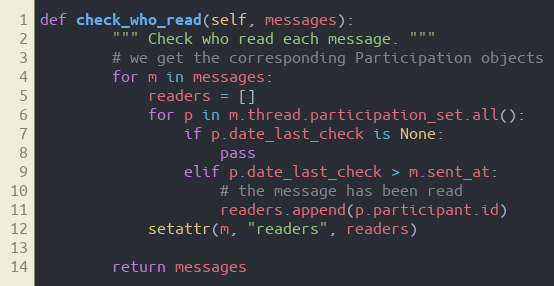
Language: Python
def check_who_read(self, messages):
        """ Check who read each message. """
        # we get the corresponding Participation objects
        for m in messages:
            readers = []
            for p in m.thread.participation_set.all():
                if p.date_last_check is None:
                    pass
                elif p.date_last_check > m.sent_at:
                    # the message has been read
                    readers.append(p.participant.id)
            setattr(m, "readers", readers)

        return messages